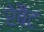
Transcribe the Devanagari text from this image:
रेबैट